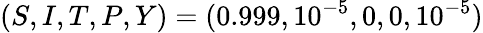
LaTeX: (S,I,T,P,Y)=(0.999,10^{-5},0,0,10^{-5})